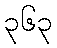
၃၆၃